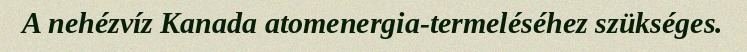
A nehézvíz Kanada atomenergia-termeléséhez szükséges.